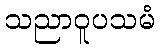
သညာဝူပသမံ